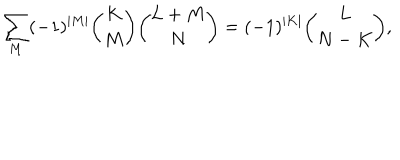
LaTeX: \sum _ { M } ( - 1 ) ^ { | M | } { \binom { K } { M } } { \binom { L + M } { N } } = ( - 1 ) ^ { | K | } { \binom { L } { N - K } } ,